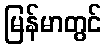
မြန်မာတွင်